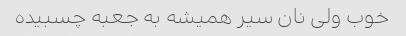
خوب ولی نان سیر همیشه به جعبه چسبیده